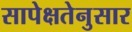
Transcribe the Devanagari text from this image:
सापेक्षतेनुसार